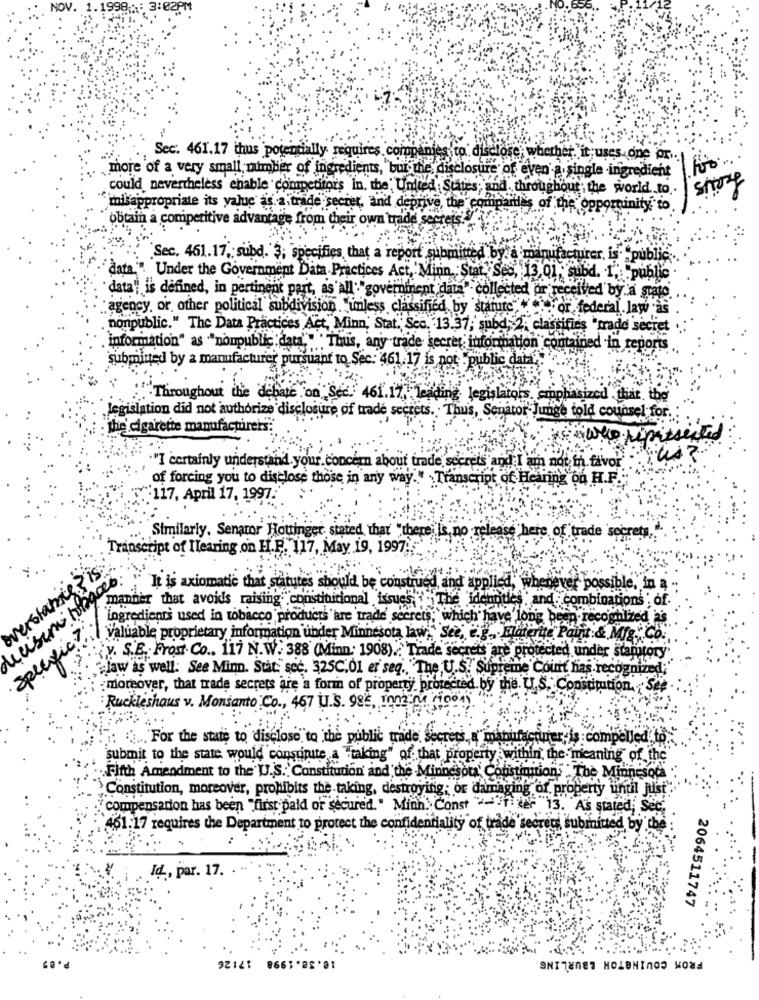
to disc
Sec: 461.17 thus potentially requin
$. com
anie
se; whether. it uses one for.
more of a very small mimber of ingredients, but the, disclosure of even a single ingredient
shogy
could nevertheless enable competitors in, the United States; and. throughout the world to ..
"ilkappropriate its value as a trade secret, and deprive
deprive, the comparles of the opportunity to
obtain a competitive advantage from their own trade sectets
Sec. 461.17, subd. 3; specifies that a report submitted by a manufacturer, is. "public ..
data
. Under the Government Data Practices Act, Minn. Stat. Seo, 13.
013 01. cubd. 1 .: "public
data" is defined, in pertinent part, as' all"government data" collected or received by a state
agency, or other political subdivision."unless classified by statute", " or federal law as
nonpublic." The Data Practices Act, Minn, Stat, Sce. 13.37; subd, 2. classifies "trade secret
information" as ""nonpublic : data'" Thus, any trade secret information contained in reports
submitted by a manufacturer pursuant to Sec: 461.17 is not .public data" ....
"Throughout the debate on "Sec. 461.17, leading legislators, emphasized that, the
legislation did not authorize disclosure of trade secrets. . Thus, Senator Junge told counsel for.
the cigarette manufacturers:
."I certainly understand.your concern about trade secrets and I am not in. favor
of forcing you to disclose those in any way." Transcript of Hearing on H.F.
117, April 17, 1997.
Similarly. Senator Hottinger, stated that "there Is no release here of trade secrets,
Transcript of Ilearing on H.P. 117, May 19, 1997.
is
It is axiomatic that statutes should be construed, and applied, whenever possible, in a
manner that avoids raising constitutional issues, {
90000
lentitles and : combinations , of
ingredients used in tobacco products are trade secrets, which have' long been recognized as
"Valuable proprietary information under Minnesota law," See, e.g ., Hatertte Point & Mig." Co.
y. S.E .: Frost. Co .. 117 N.W. 388 (Minn: 1908) .. " Trade secrets are protected under stamstory"
"law as well. See Minn. Stat. sec. 325C.01 er seq. "The U.S. Supreme Court has recognized
moreover, that trade secrets are a form of property protected by the. U.S. Constitution. Se
Ruckleshaus v. Monsanto Co ., 467 U.S. 986, In2MM (1004)
:" For the state to disclose to the public trade Secrets, 4"m
iş :compelled.
submit to the state would constinite a "taking" of that property within the meaning of the
Fifth Amendment to the U.S.'Constitution' and'the Minnesota'
shistmmitions : The Minneso
Constitution, moreover, prohibits the taking, destroying; or damaging of property until just
Compensation has been "first paid or secured." Minh. Const "-"1 der 13. As stated, Sec.
461:17 requires the Department to protect the confidentiality of trade"se
ubrní
Id ., par. 17.
2064511747
10.38.1998 17:26
FROM COVINGTON &BURLING